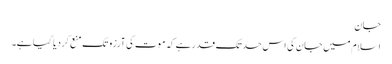
جان
اسلام میں جان کی اس حد تک قدر ہے کہ موت کی آرزو تک منع کردیا گیا ہے۔